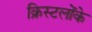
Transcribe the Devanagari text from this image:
क्रिस्टलोंके